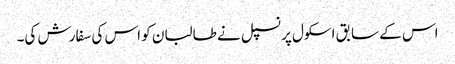
اس کے سابق اسکول پرنسپل نے طالبان کو اس کی سفارش کی۔